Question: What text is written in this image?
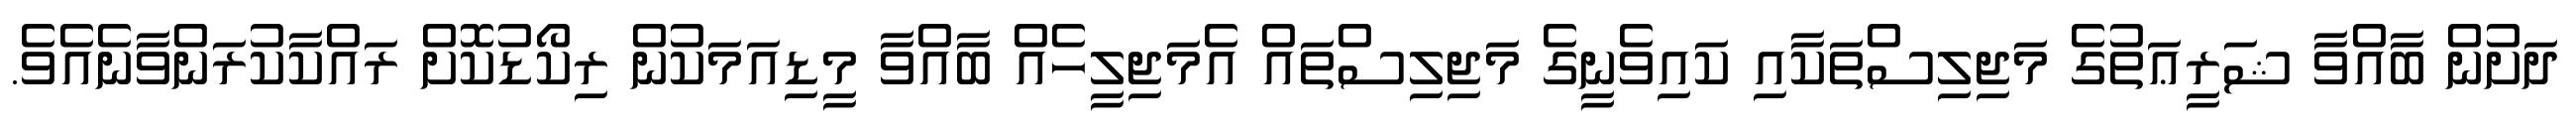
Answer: ދަށުން ބާއްވާ ޝަރީޢަތުގެ މަޖިލިސްތަކާއި ކައިވެނީގެ މަޖިލިސްތައް އެމަޖިލީހެއް ބާއްވާ މީޑިއަމަކުން ރިކޯޑުކޮށް ރައްކާކުރަންވާނެއެވެ.